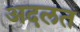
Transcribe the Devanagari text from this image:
अदलत